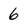
Character: 6